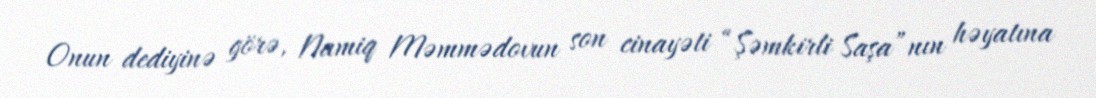
Onun dediyinə görə, Namiq Məmmədovun son cinayəti “Şəmkirli Saşa”nın həyatına